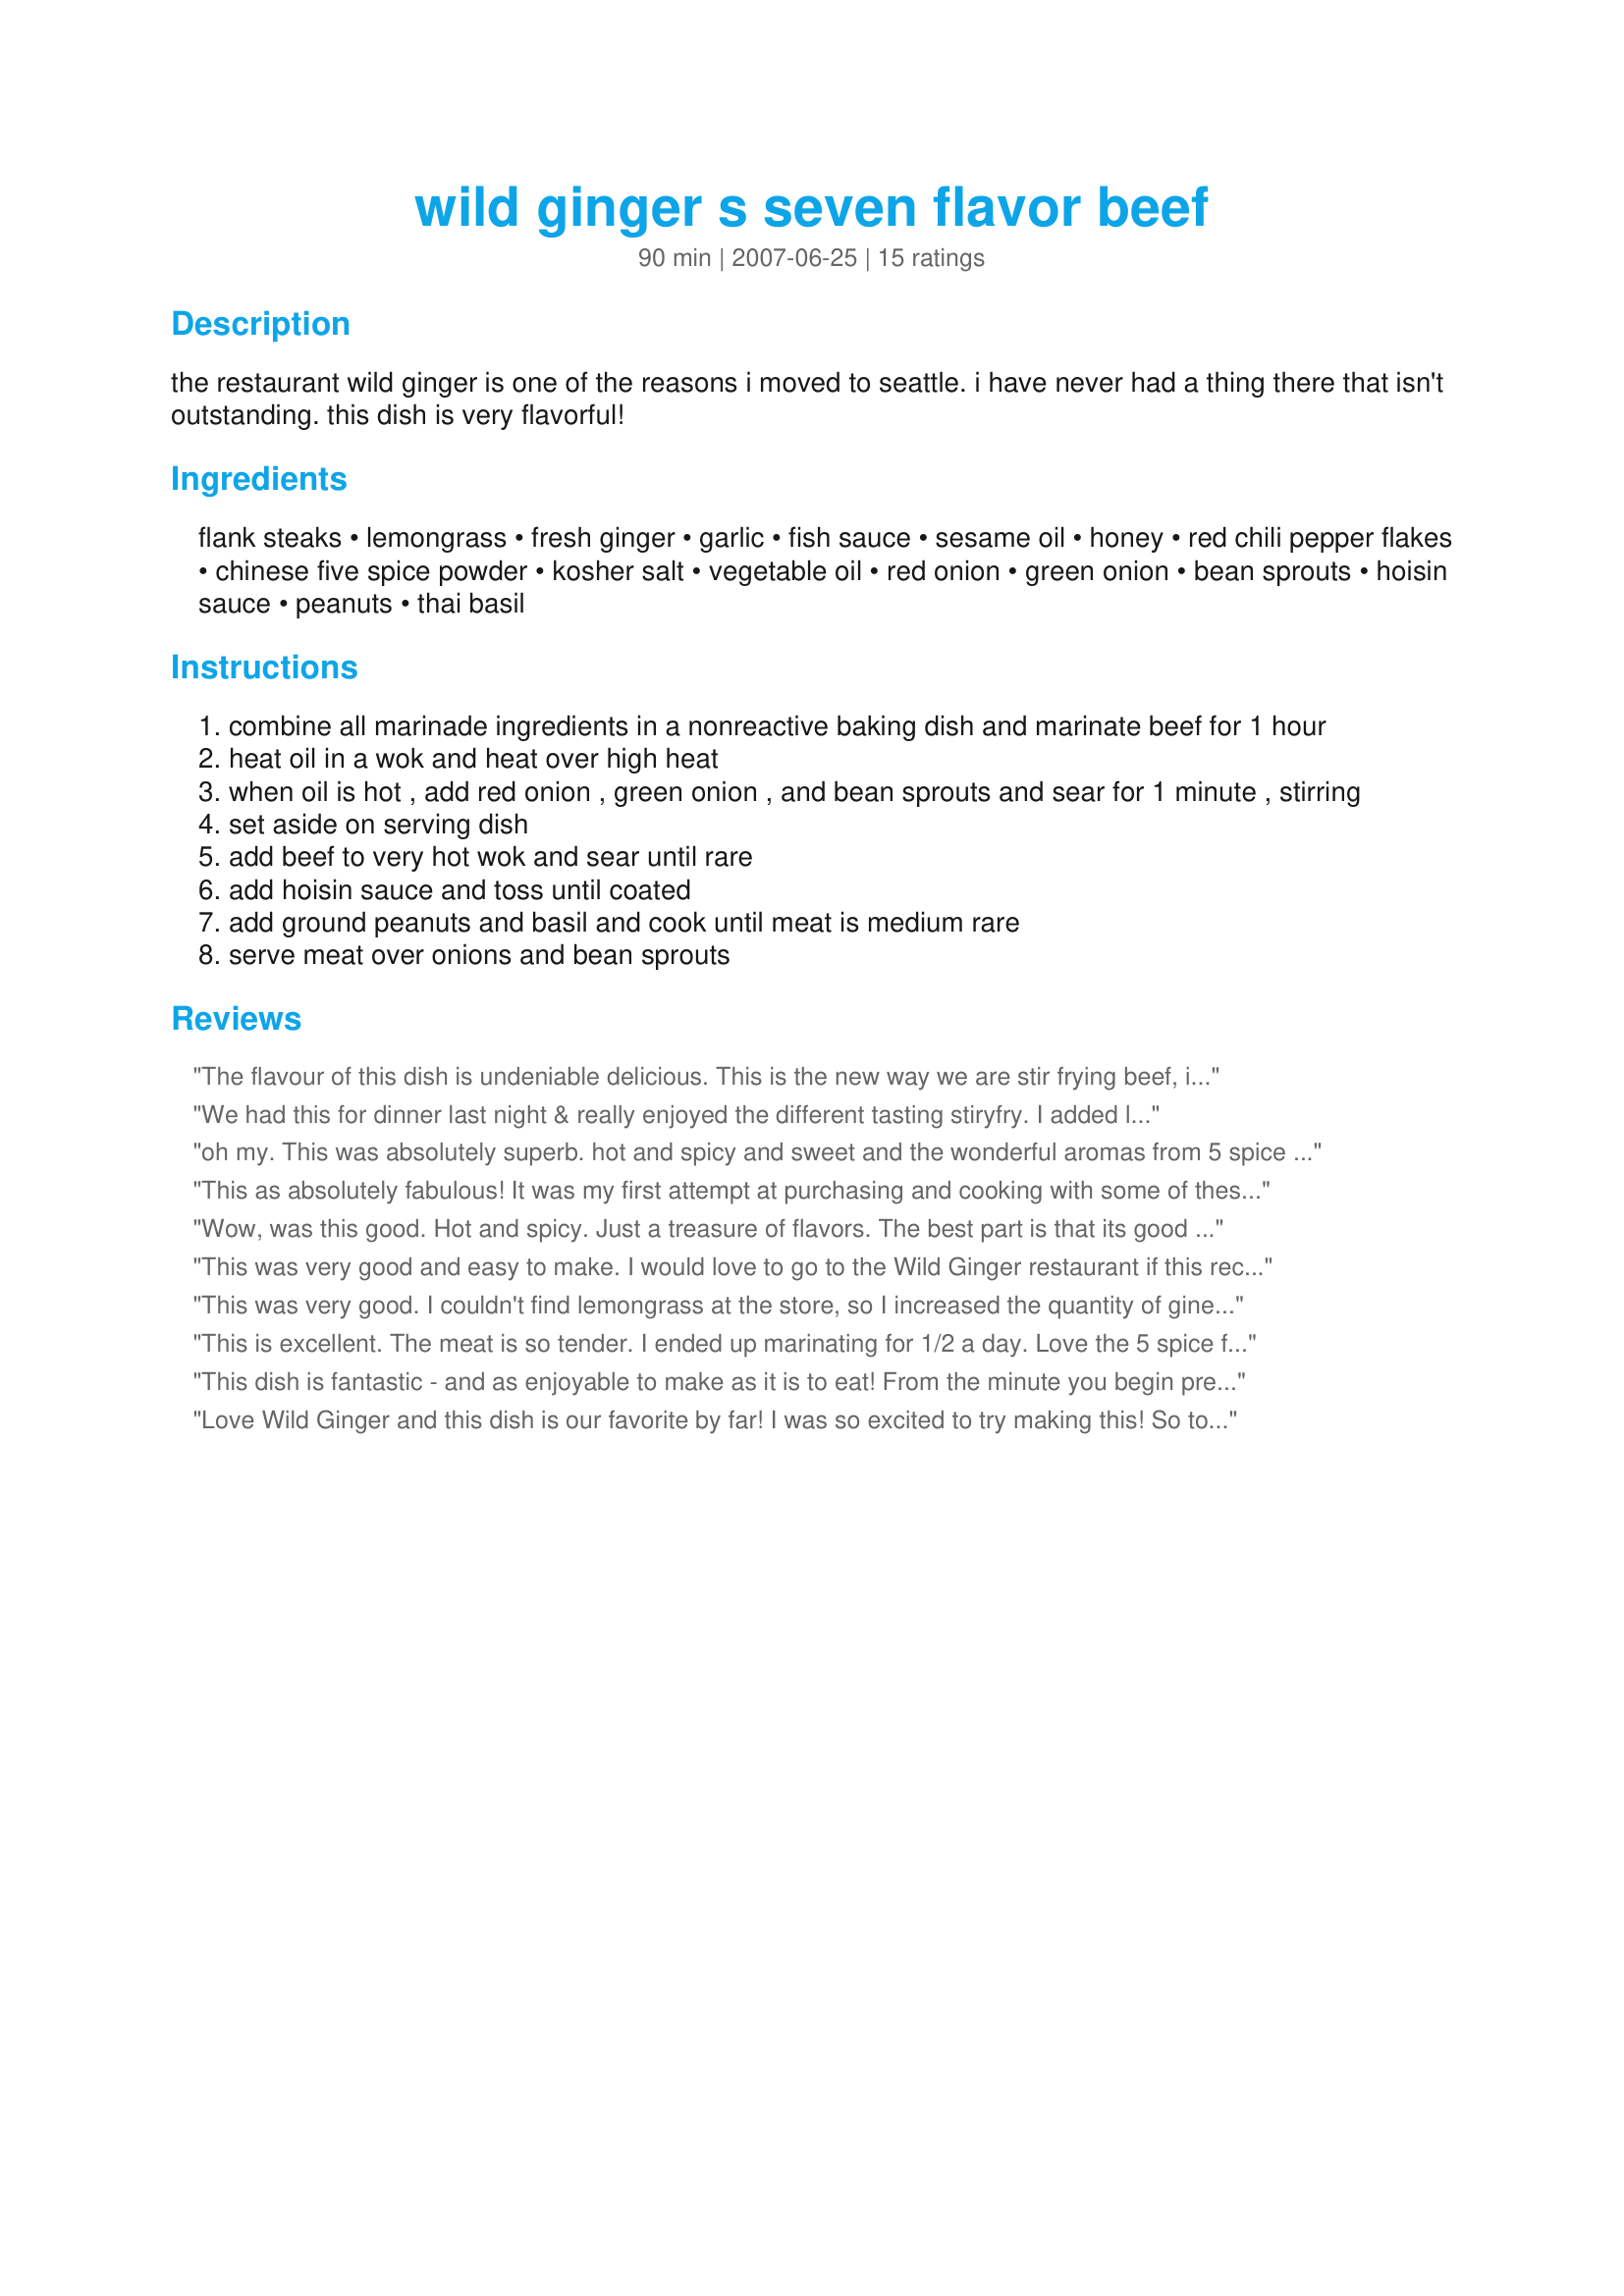
wild ginger s seven flavor beef
Preparation time: 90 minutes

the restaurant wild ginger is one of the reasons i moved to seattle. i have never had a thing there that isn't outstanding. this dish is very flavorful!

Ingredients:
flank steaks, lemongrass, fresh ginger, garlic, fish sauce, sesame oil, honey, red chili pepper flakes, chinese five spice powder, kosher salt, vegetable oil, red onion, green onion, bean sprouts, hoisin sauce, peanuts, thai basil

Steps:
combine all marinade ingredients in a nonreactive baking dish and marinate beef for 1 hour
heat oil in a wok and heat over high heat
when oil is hot , add red onion , green onion , and bean sprouts and sear for 1 minute , stirring
set aside on serving dish
add beef to very hot wok and sear until rare
add hoisin sauce and toss until coated
add ground peanuts and basil and cook until meat is medium rare
serve meat over onions and bean sprouts

Reviews:
The flavour of this dish is undeniable delicious. This is the new way we are stir frying beef, its been a real hit with the hubbie!
We had this for dinner last night & really enjoyed the different tasting stiryfry. I added lots of stirfried vegies & used whole peanuts. I also discovered at the last minute that I had no honey, so used maply syrup instead. Will make this again. Thanks for sharing this recipe.
oh my. This was absolutely superb. hot and spicy and sweet and the wonderful aromas from 5 spice powder.. truly fantastic. update..i had the late night hungers and wanted something simple but tasty so came back to this. All i can say is its the most flavorful but fast dish i have had. Used ginger paste since i was out of fresh.
This as absolutely fabulous! It was my first attempt at purchasing and cooking with some of these ingredients but wanted to branch out. So glad I did! The whole family raved but DD paused when heard about the fish sauce, lol. Great flavor, and perfect combination of tastes. Thank you for this keeper recipe.
Wow, was this good. Hot and spicy. Just a treasure of flavors. The best part is that its good for you. I served this with the nuts on the side, because of dh's allergies. Loved the flavors, they all complimented each other perfectly. I couldn't find chinese 5 spice, so I ground my own. I believe it gives even more flavor to the dish. Thanks for sharing a dish that I will make again and again. :)
This was very good and easy to make. I would love to go to the Wild Ginger restaurant if this recipe represents their menu! I used a sirloin steak for this recipe and served with rice in addition to the bean sprouts and onions. Thank you for posting this recipe.
This was very good. I couldn't find lemongrass at the store, so I increased the quantity of giner to a full tablespoon; and also substituted snow peas for the bean sprouts, since we don't really care for sprouts. I felt that the marinade was too thick to completely coat the meat, so I added a teaspoon of oil, which thinned it out a bit and helped it coat everything completely. I served this over jasmine rice to make a complete meal. Thanks for posting!
This is excellent. The meat is so tender. I ended up marinating for 1/2 a day. Love the 5 spice flavour throughout and also loved the way the dish is served on the veggies. I tripled the recipe to serve four (750 grams rump steak). Didn't have any Thai basil on hand so used normal basil and rather than using ground peanuts I just threw in a 1/2 cup of peanuts at the end. Served on rice.
This dish is fantastic - and as enjoyable to make as it is to eat! From the minute you begin preparing the marinade ingredients, the wonderful scent of the lemongrass, ginger, garlic and 5-spice make you anticipate how tasty this stir-fry will be. I love that it's served on bean sprouts instead of rice - very fresh and healthy. I left out the red onion, otherwise made exactly as specified and really loved it - thanks for sharing!
Love Wild Ginger and this dish is our favorite by far! I was so excited to try making this! So to start I hate dealing with lemongrass, so instead I used one drop of lemongrass essential oil. Everything else I followed exactly. 10 min or so before cooking the meat I tossed it in about a tablespoon of cornstarch, it helps tenderize the meat and also provides a barrier from the high heat, so it gets a great crust without overlooking it, and gives something for the hoisin to stick to. Its an absolutely amazing recipe! Thank you!
This was very interesting. After reading the reviews and while preparing the dish during step 1, I felt that it was more of a rub instead of a marinade. So, I thought "wait" you (that's me) have cookbooks from KCTS a local TV station that restaurants in the area offer some of their recipes. Sure enough there was "Seven Flavor Beef" submitted by Chef Nathan Uy from Wild Ginger. That recipe shows a bit less spice (Chinese five spice powder) more ginger and garlic and more oil in the marinade. So I thew in more oil. (Also there are no veggies in his recipe) So with that said we loved it. Veggies and all. I made as posted except added in 1 tbls of vegetable oil with the marinade. Thanks for posting. :) This is going in my Top 2009 recipe cookbook. OH! served it with a side of saffron rice. Excellent together.
WOW! Wonderful recipe. Loved all the flavors and the meat was so tender. This is a very quick meal after the marinating time. We will have this one often. I did use a NY steak instead of flank.
This recipe isn't quite right. The spices were really strong and overpowering. If I make it again I would cut the spices by 1/2.
My wife and I met as servers at the "Ginger". In my 12 years as a server/bartender 7 flavor beef is the only dish I craved after leaving a job. This recipe is spot on! I found it about a month ago and have had it twice a week since! Truly awesome thanks to the poster and to Rick (the ginger owner) and I can't forget Nathan ( the head magician @ WG). If you never have,you should go in and see them sometime. Possibly the worlds best restaraunt.
YUM! This is just like the meal at the restaurant! I made a few substitutions. I used really good meat...bought a serloin tip steak and sliced it SUPER thin. I don't like stringy, rubbery flank steak. I live in a rural area and could not find Chinese 5 spice powder so I used Indian masala because the ingredients were pretty much the same. I served it with delicious jasmine rice. The meal turned out PERFECT! I can't wait to make it again!
